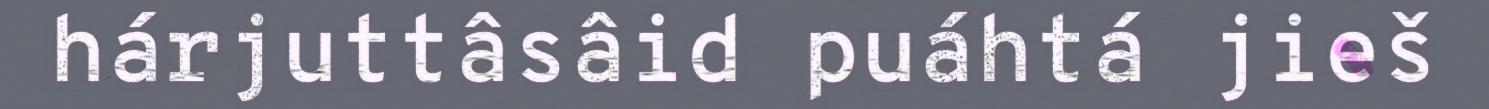
hárjuttâsâid puáhtá jieš